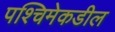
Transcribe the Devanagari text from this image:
पश्‍चिमेकडील